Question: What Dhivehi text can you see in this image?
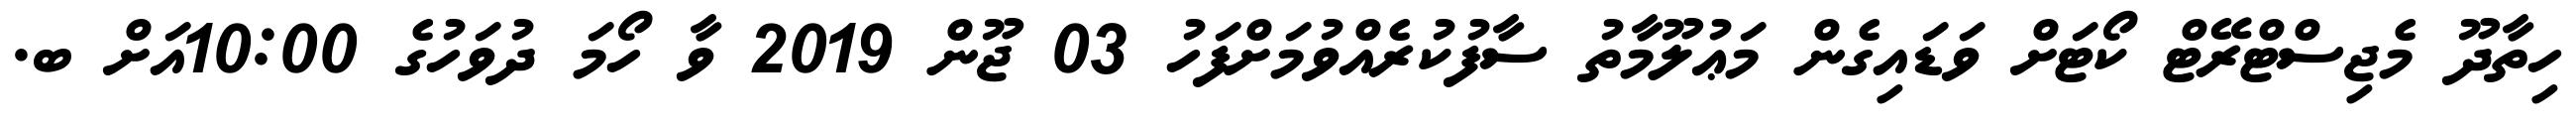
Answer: ހިތާދޫ މެޖިސްޓްރޭޓް ކޯޓަށް ވަޑައިގެން މަޢުލޫމާތު ސާފުކުރެއްވުމަށްފަހު 03 ޖޫން 2019 ވާ ހޯމަ ދުވަހުގެ 10:00އަށް ބ.